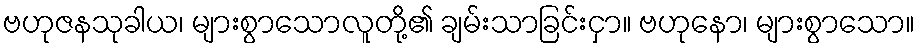
ဗဟုဇနသုခါယ၊ များစွာသောလူတို့၏ ချမ်းသာခြင်းငှာ။ ဗဟုနော၊ များစွာသော။